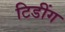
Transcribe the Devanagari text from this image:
टिडींग